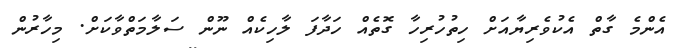
އެންމެ ގާތް އެކުވެރިޔާއަށް ހިތުހުރިހާ ގޮތެއް ހަދާފަ ލާހިކެއް ނޫން ސަލާމަތްވާކަށް. މިހާރުން